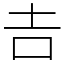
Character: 𠮷